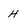
Character: H